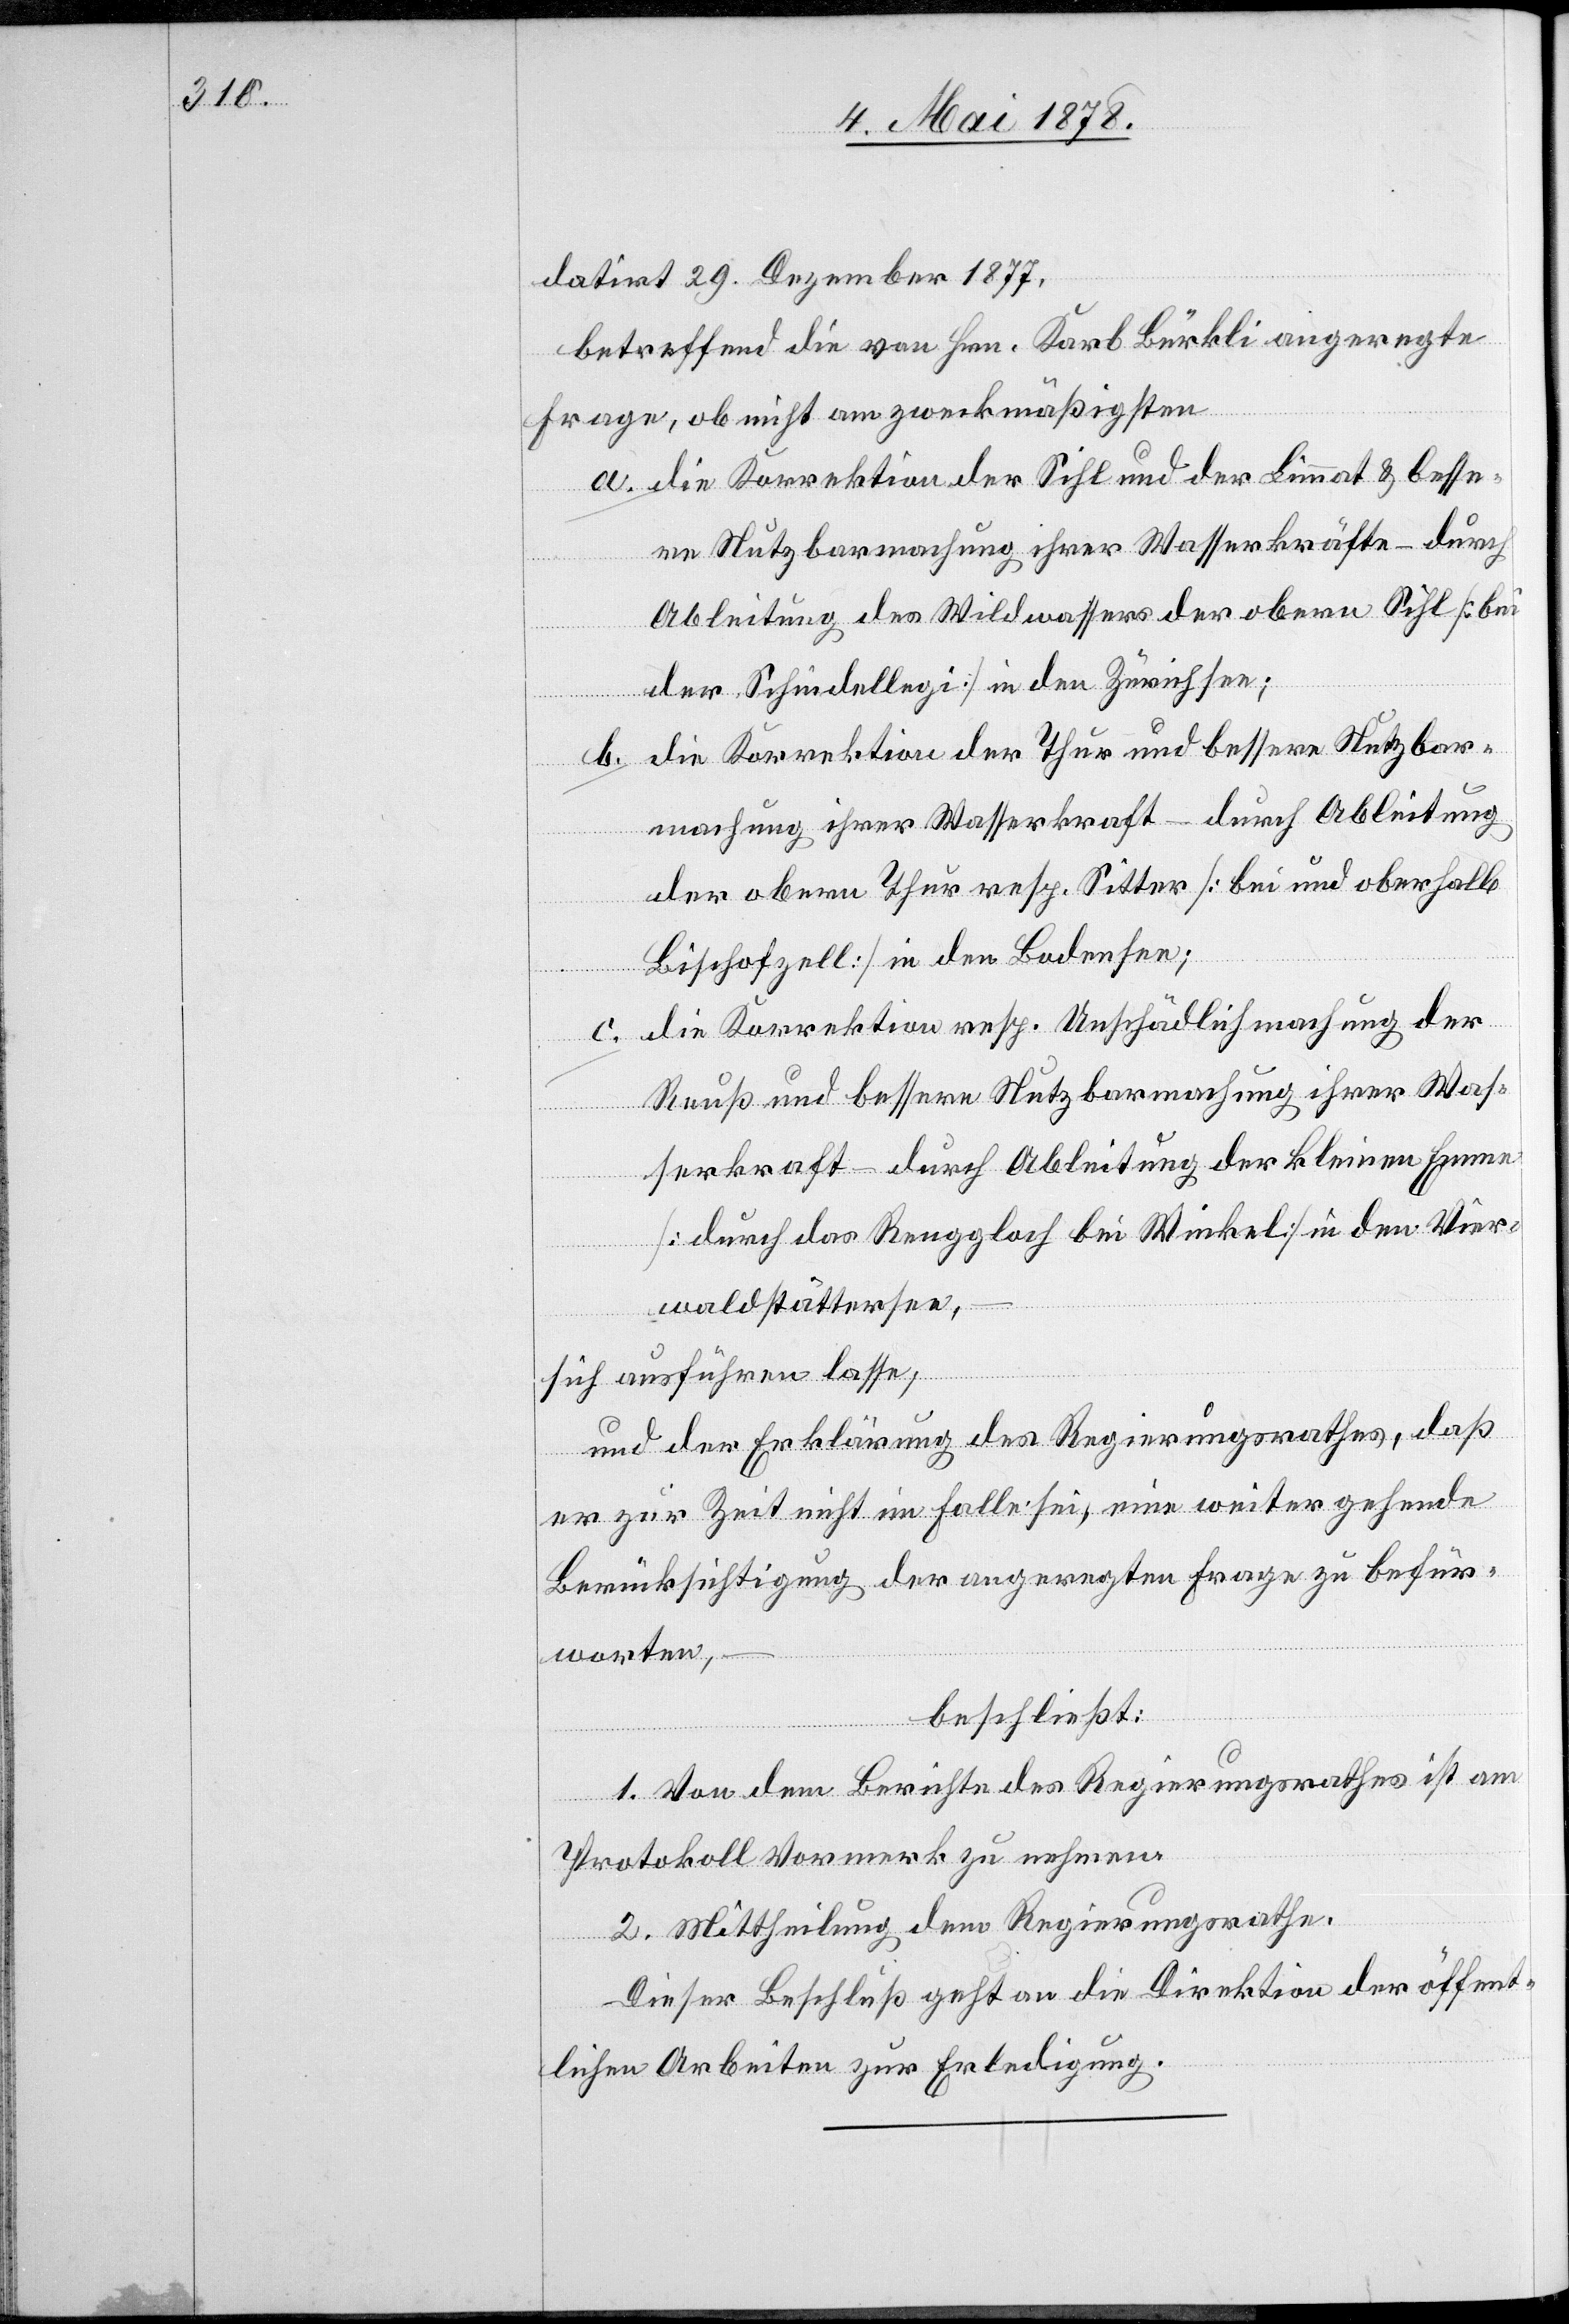
datirt 29. Dezember 1877,
betreffend die von Hrn. Karl Bürkli angeregte
Frage, ob nicht am zweckmäßigsten
die Korrektion der Sihl und der Limmat & besse¬
re Nutzbarmachung ihrer Wasserkräfte – durch
Ableitung des Wildwassers der obern Sihl [bei
der Schindellegi] in den Zürichsee;
die Korrektion der Thur und bessere Nutzbar¬
machung ihrer Wasserkraft – durch Ableitung
der obern Thur resp. Sitter [bei und oberhalb
Bischofzell] in den Bodensee;
die Korrektion resp. Unschädlichmachung der
Reuß und bessere Nutzbarmachung ihrer Was¬
serkraft durch Ableitung der kleinen Emme
[durch das Reuggloch bei Winkel] in den Vier¬
waldstättersee,
sich ausführen lasse;
und der Erklärung des Regierungsrathes, daß
er zur Zeit nicht im Falle sei, eine weitergehende
Berücksichtigung der angeregten Frage zu befür¬
worten,
beschließt:
1. Von dem Berichte des Regierungsrathes ist am
Protokoll Vormerk zu nehmen.
2. Mittheilung dem Regierungsrathe.
Dieser Beschluß geht an die Direktion der öffent¬
lichen Arbeiten zur Erledigung.